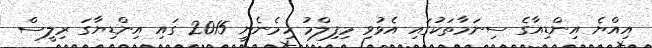
އިއްޔެ އިންޑިއާގެ ސިނަމާތަކުގައި އެޅުވި މިފިލްމު ހިމެނެނީ 2015 ގައި އިންޑިޔާގަ ރިލީސް